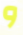
و